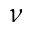
\nu